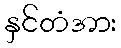
နှင်တံအား